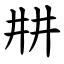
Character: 㐩